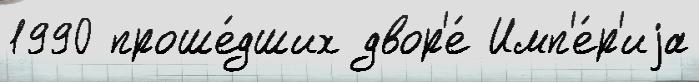
1990 проше́дших двор'е́ Имп'е́р'иjа